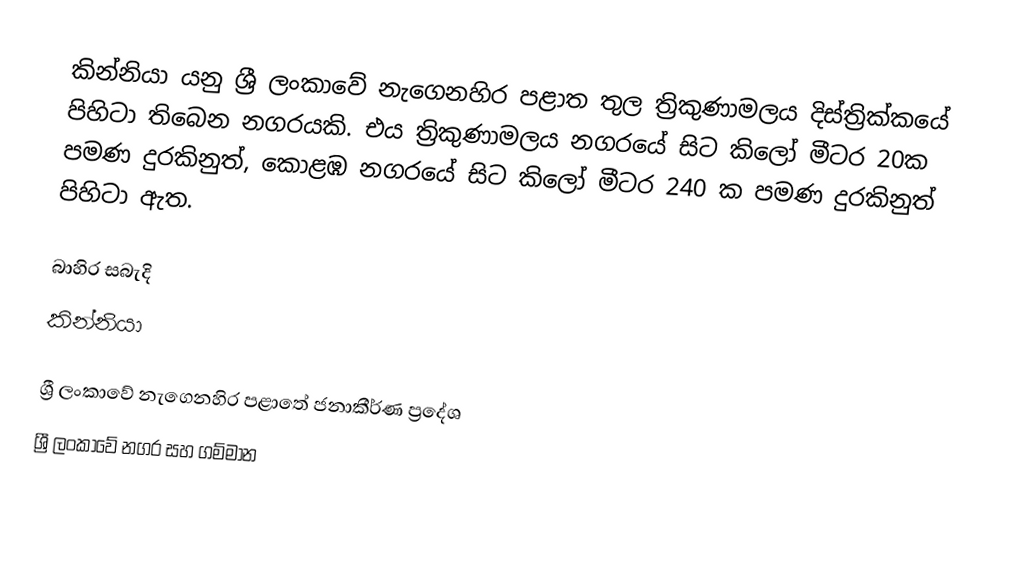
කින්නියා යනු ශ්‍රී ලංකාවේ නැගෙනහිර පළාත තුල ත්‍රිකුණාමලය දිස්ත්‍රික්කයේ පිහිටා තිබෙන නගරයකි. එය ත්‍රිකුණාමලය නගරයේ සිට කිලෝ මීටර 20ක පමණ දුරකිනුත්, කොළඹ නගරයේ සිට කිලෝ මීටර 240 ක පමණ දුරකිනුත් පිහිටා ඇත.

බාහිර සබැදි
කින්නියා

ශ්‍රී ලංකාවේ නැගෙනහිර පළාතේ ජනාකීර්ණ ප්‍රදේශ
ශ්‍රී ලංකාවේ නගර සහ ගම්මාන